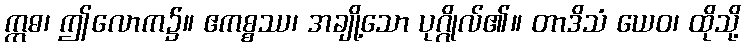
ဣဓ၊ ဤလောက၌။ ဧကစ္စဿ၊ အချို့သော ပုဂ္ဂိုလ်၏။ တာဒိသံ ယေဝ၊ ထိုသို့